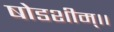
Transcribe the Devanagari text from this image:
षोडशीम्।।